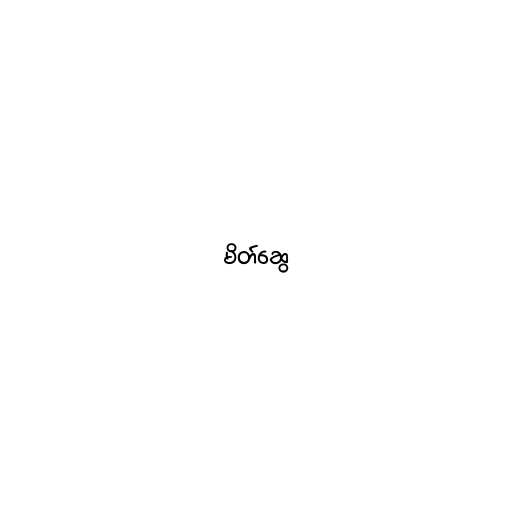
မိတ်ဆွေ